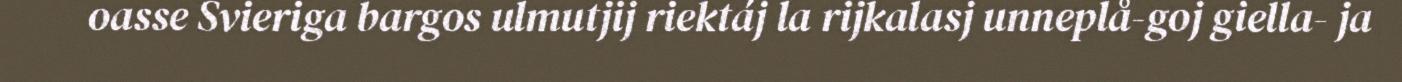
oasse Svieriga bargos ulmutjij riektáj la rijkalasj unneplå-goj giella- ja